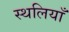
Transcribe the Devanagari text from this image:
स्थलियाँ